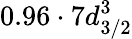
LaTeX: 0.96\cdot 7d_{3/2}^{3}